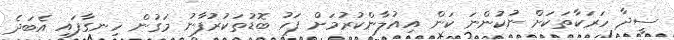
ސީދާ ހަރަކާތަކަށް ނުކުންނަ ކަން އިއުލާންކުރުމަށް ފަހު ބޮޑުތަކުރުފާނު މަގުން ހިނގާފައި އެބަދެ